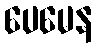
ပေမေန